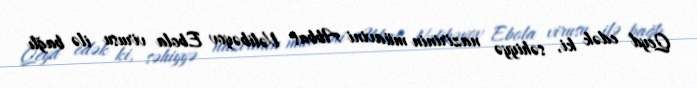
Qeyd edək ki, səhiyyə nazirinin müavini Abbas Vəlibəyov Ebola virusu ilə bağlı